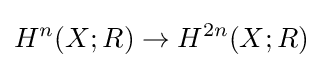
H^{n}(X;R)\to H^{2n}(X;R)